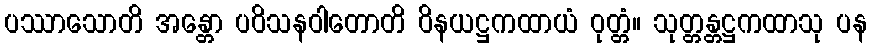
ပဿာသောတိ အန္တော ပဝိသနဝါတောတိ ဝိနယဋ္ဌကထာယံ ဝုတ္တံ။ သုတ္တန္တဋ္ဌကထာသု ပန